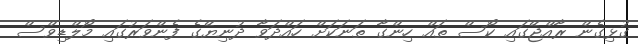
ގުޅިގެން ރާއްޖޭގައި ކޯސް ތައް ހިންގާ ތަނަކަށް ހައްދަވާ ދުނިޔޭގެ ފެންވަރުގައި މޯލްޑިވްސް